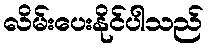
လိမ်းပေးနိုင်ပါသည်